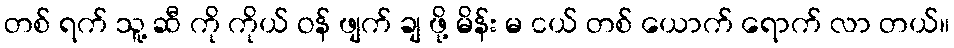
တစ် ရက် သူ့ ဆီ ကို ကိုယ် ဝန် ဖျက် ချ ဖို့ မိန်း မ ငယ် တစ် ယောက် ရောက် လာ တယ်။